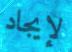
لإيجاد